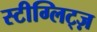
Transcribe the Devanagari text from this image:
स्टीग्लिट्ज़